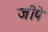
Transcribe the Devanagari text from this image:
जीपे